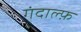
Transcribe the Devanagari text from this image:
गंदाल्फ़